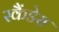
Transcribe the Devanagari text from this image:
स्कैंडेस